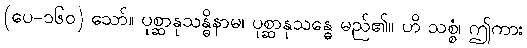
(ပေ-၁၆၀) သော်။ ပုစ္ဆာနုသန္ဓိနာမ၊ ပုစ္ဆာနုသန္ဓေ မည်၏။ ဟိ သစ္စံ၊ ဤကား